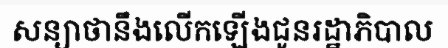
សន្យាថានឹងលើកឡើងជូនរដ្ឋាភិបាល